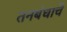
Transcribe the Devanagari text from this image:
तनबंधाचे